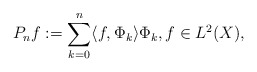
\begin{align*}P_nf:=\sum_{k=0}^n\langle f, \Phi_k\rangle \Phi_k, f\in L^2(X),\end{align*}